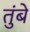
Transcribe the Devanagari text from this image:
तुंबे